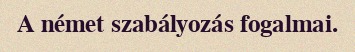
A német szabályozás fogalmai.